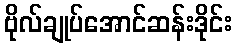
ဗိုလ်ချုပ်အောင်ဆန်းဒိုင်း